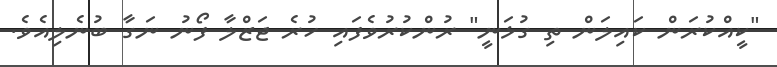
"ކީއްކުރަން ކައިލަން ތި ގުޅަނީ" ރުންކުރުވެފައި ހުރެ ޖަޒްލާ ފޯނު ނަގާ ބުނެލިއެވެ.